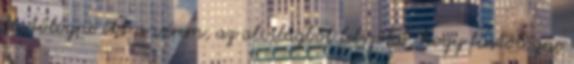
füstölögne itt a vérem, az alvilágból felszökő, hogy füstölögne